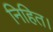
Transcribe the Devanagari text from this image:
निहित।